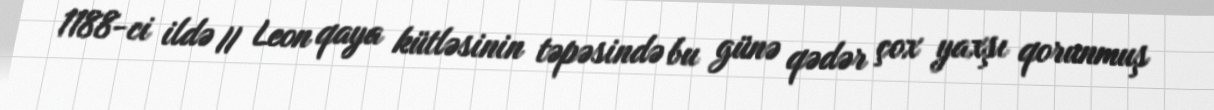
1188-ci ildə II Leon qaya kütləsinin təpəsində bu günə qədər çox yaxşı qorunmuş